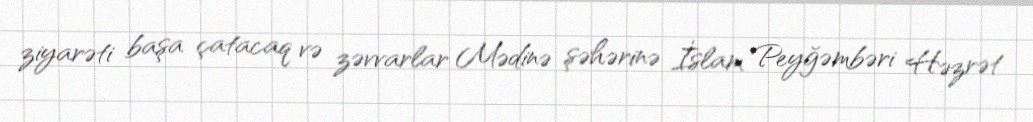
ziyarəti başa çatacaq və zəvvarlar Mədinə şəhərinə İslam Peyğəmbəri Həzrət